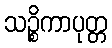
သဉ္စိကာပုတ္တ